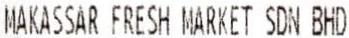
MAKASSAR FRESH MARKET SDN BHD